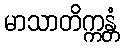
မာသာတိက္ကန္တံ